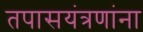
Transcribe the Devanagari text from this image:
तपासयंत्रणांना